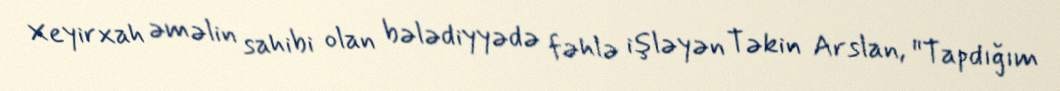
Xeyirxah əməlin sahibi olan bələdiyyədə fəhlə işləyən Təkin Arslan, "Tapdığım